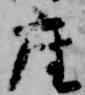
座